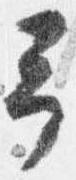
予